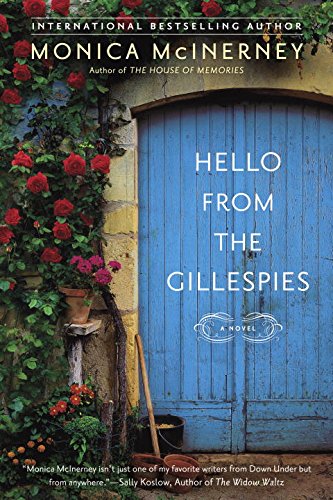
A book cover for Hello From the Gillespies; Monica McInerney; Literature & Fiction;